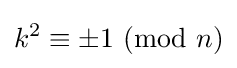
k^{2}\equiv \pm 1\ (\mathrm {mod} \ n)